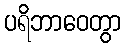
ပရိဘာဝေတွာ